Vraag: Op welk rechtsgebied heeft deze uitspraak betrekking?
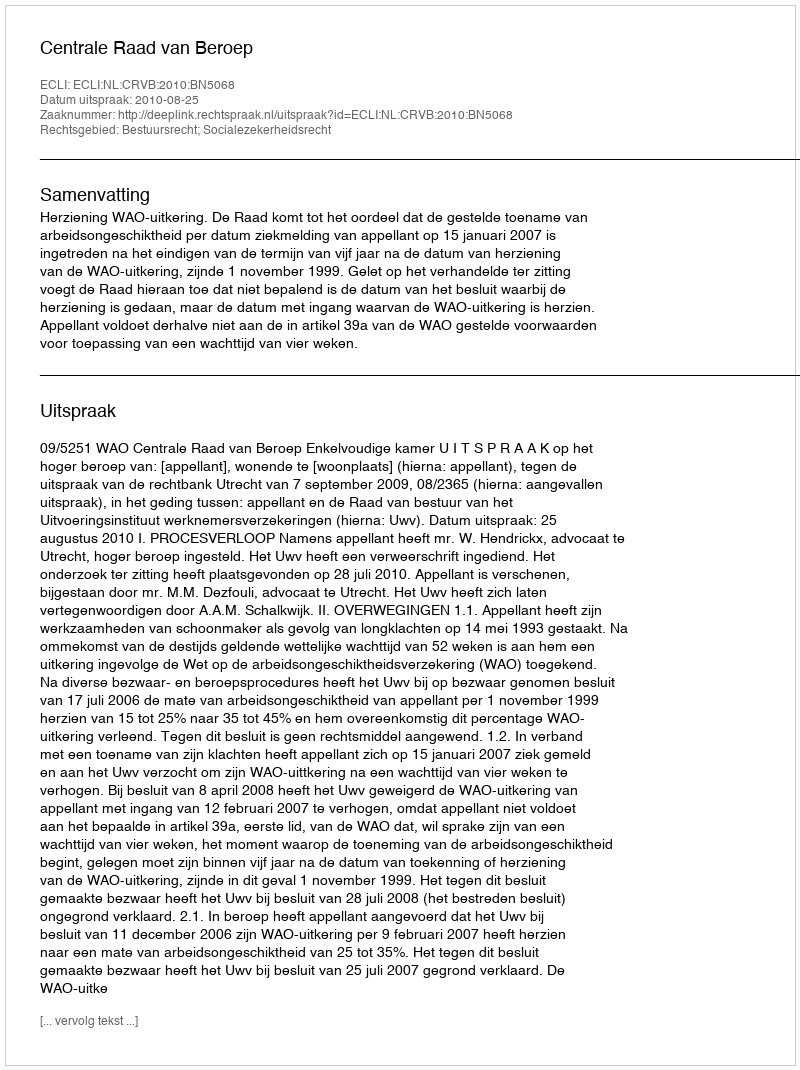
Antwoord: Bestuursrecht; Socialezekerheidsrecht